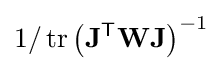
1/\operatorname {tr} \left(\mathbf {J} ^{\mathsf {T}}\mathbf {WJ} \right)^{-1}